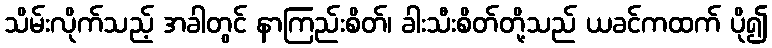
သိမ်းလိုက်သည့် အခါတွင် နာကြည်းစိတ်၊ ခါးသီးစိတ်တို့သည် ယခင်ကထက် ပို၍